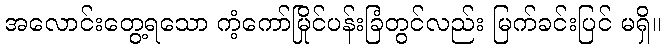
အလောင်းတွေ့ရသော ကံ့ကော်မြိုင်ပန်းခြံတွင်လည်း မြက်ခင်းပြင် မရှိ။